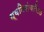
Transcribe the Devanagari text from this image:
ध्वनिसंचालित